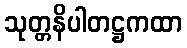
သုတ္တနိပါတဋ္ဌကထာ